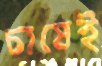
চাষেই